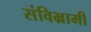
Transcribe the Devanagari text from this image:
संविभ्रामी